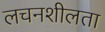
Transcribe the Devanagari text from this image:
लचनशीलता